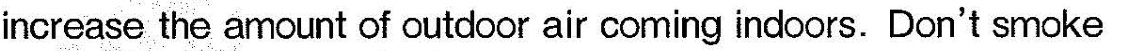
increase the amount of outdoor air coming indoors. Don't smoke